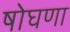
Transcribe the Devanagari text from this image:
षोघणा